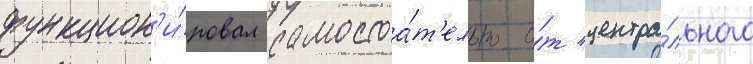
функцион'и́ровал самостоа́т'ельно о́т центра́льного